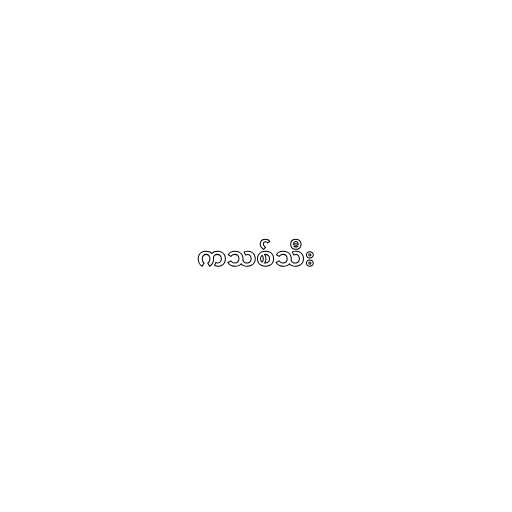
ကသစ်သီး